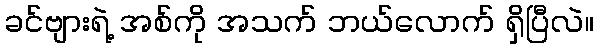
ခင်ဗျားရဲ့ အစ်ကို အသက် ဘယ်လောက် ရှိပြီလဲ။